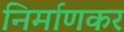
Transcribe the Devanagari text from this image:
निर्माणकर